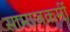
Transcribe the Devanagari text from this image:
सामाजकर्मी